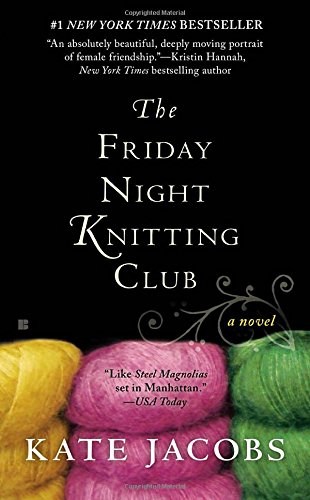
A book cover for The Friday Night Knitting Club; Kate Jacobs; Literature & Fiction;